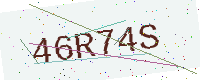
Text: 46R74S